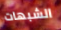
الشبهات